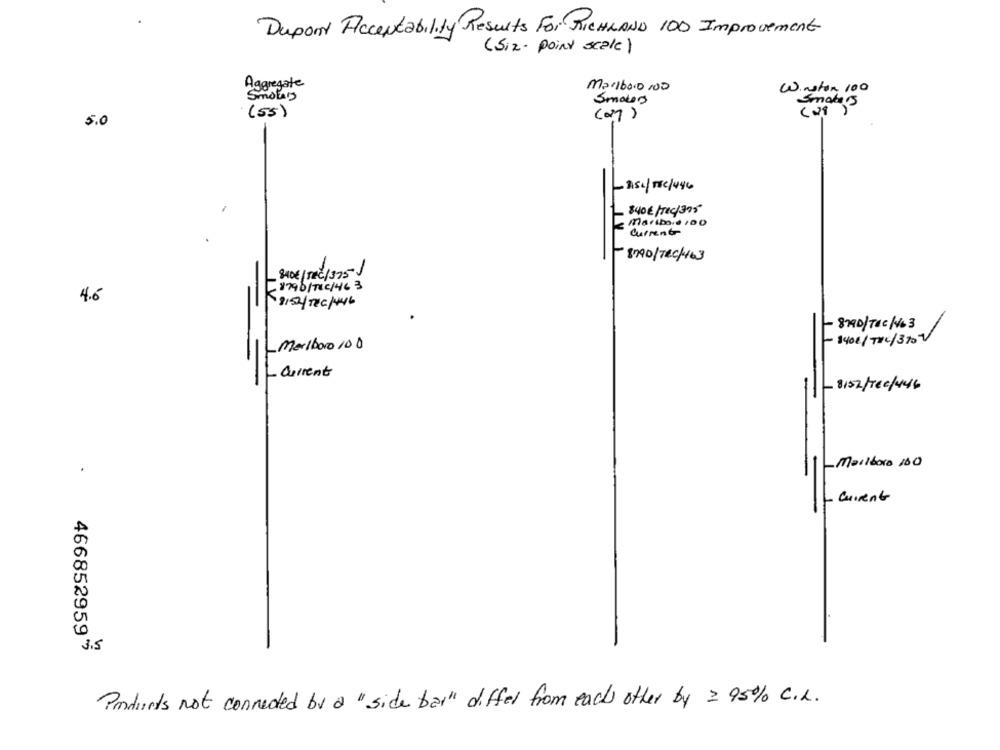
Dupont Accentability Results For RICHLAND 100 Improvement
(Siz- point scale)
Aggregate
Marlboro 100
Winston 100
Smolary
Smokers
Smoke's
(55)
( 29 )
(on)
5.0
-2154/ TEC/ 446
840€/rec/375
marino ... 00
current
-8790/T&C/463
840€/TEC/375)
-8790/TEC/46 3
4.6
9152/14C/146
- 8790/TEC/163
140€/THC/370V
1-Marlboro100
- Current
-
8152/TEc/46
1-Marlboro 160
- Current
4668529594
Products not connected by a "side bar" differ from each other by = 95% C.L.